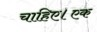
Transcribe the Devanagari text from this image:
चाहिए।एक